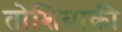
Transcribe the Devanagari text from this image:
तोशियाकी